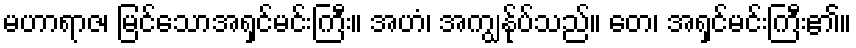
မဟာရာဇ၊ မြင်သောအရှင်မင်းကြီး။ အဟံ၊ အကျွန်ုပ်သည်။ တေ၊ အရှင်မင်းကြီး၏။